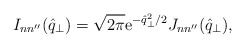
\begin{align*}I_{nn''}(\hat{q}_\perp) = \sqrt{2 \pi} {\rm e}^{-\hat{q}_\perp^2/2} J_{nn''}(\hat{q}_\perp),\end{align*}